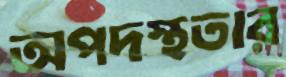
অপদস্থতার